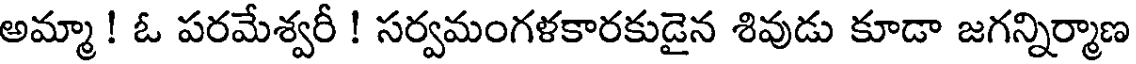
అమ్మా! ఓ పరమేశ్వరీ ! సర్వమంగళకారకుడైన శివుడు కూడా జగన్నిర్మాణ